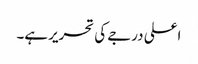
اعلی درجے کی تحریر ہے۔